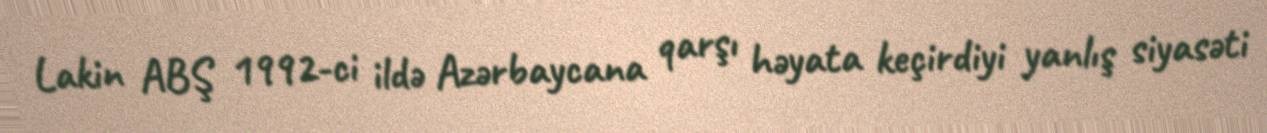
Lakin ABŞ 1992-ci ildə Azərbaycana qarşı həyata keçirdiyi yanlış siyasəti